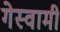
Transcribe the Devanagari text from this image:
गेस्वामी